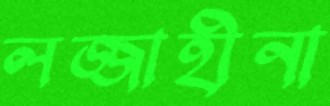
লজ্জাহীনা